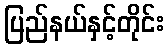
ပြည်နယ်နှင့်တိုင်း